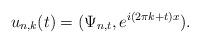
LaTeX: \begin{align*}u_{n,k}(t)=(\Psi_{n,t},e^{i(2\pi k+t)x}).\end{align*}